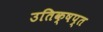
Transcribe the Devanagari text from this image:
उतिक्षप्त